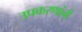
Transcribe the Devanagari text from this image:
उपकरणांनी